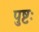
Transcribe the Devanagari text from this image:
पुष्टः